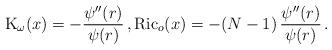
LaTeX: \begin{align*}\textrm{K}_{\omega}(x)=-\frac{\psi''(r)}{\psi(r)} \, , \textrm{Ric}_{o}(x)=-(N-1) \, \frac{\psi''(r)}{\psi(r)} \, .\end{align*}